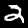
Label: 2